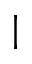
\vert